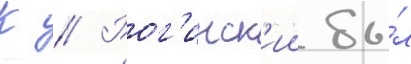
К // Рог'инск'ии бы́л